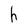
Character: h